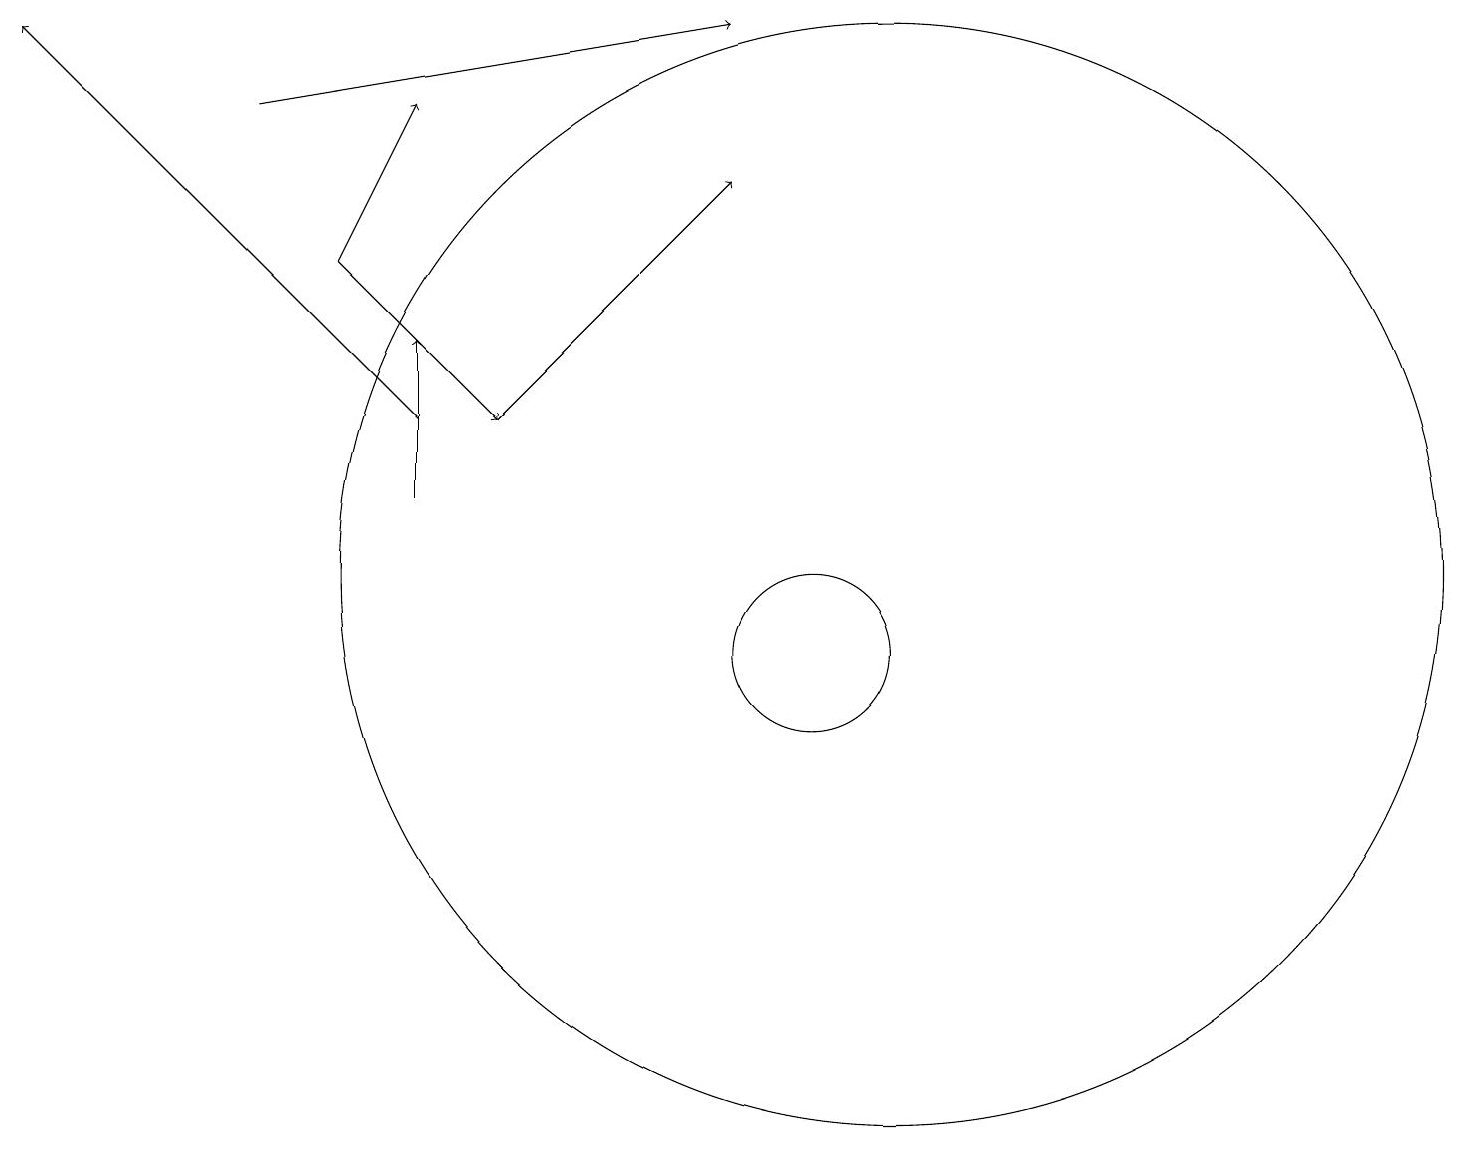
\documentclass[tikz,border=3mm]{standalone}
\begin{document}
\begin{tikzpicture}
\draw[->] (4,15) -- (5,17);
\draw[->] (5,12) -- (5,14);
\draw[->] (3,17) -- (9,18);
\draw[->] (5,13) -- (0,18);
\draw (11,11) circle (7);
\draw[->] (6,13) -- (9,16);
\draw (10,10) circle (1);
\draw[->] (4,15) -- (6,13);
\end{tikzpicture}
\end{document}